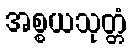
အစ္စယသုတ္တံ